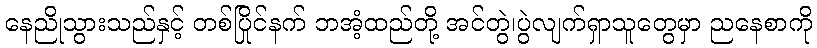
နေညိုသွားသည်နှင့် တစ်ပြိုင်နက် ဘအံ့ထည်တို့ အင်တွဲ၊ပွဲလျက်ရှာသူတွေမှာ ညနေစာကို